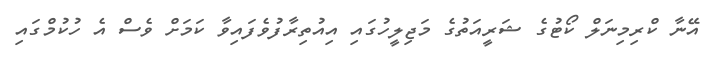
އޭނާ ކްރިމިނަލް ކޯޓުގެ ޝަރީއަތުގެ މަޖިލީހުގައި އިއުތިރާފުވެފައިވާ ކަމަށް ވެސް އެ ހުކުމްގައި